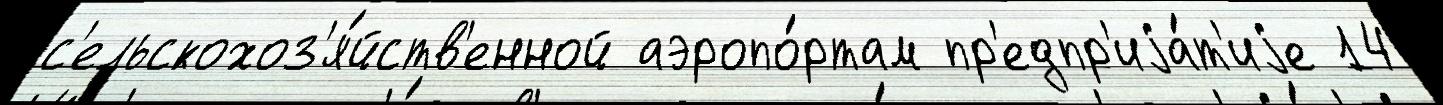
с'ельскохоз'я́йств'енной аэропо́ртам пр'едпр'иjа́т'иjе 14